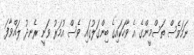
ނަމަވެސް ތަސްމީންގެ އެ ވާހަކައިގެ ބިންގަލުގައި ވެސް އުމަރު ވަނީ ރެނދު ލައްވާފަ